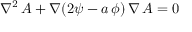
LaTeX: \nabla ^ { 2 } \, A + \nabla ( 2 \psi - a \, \phi ) \, \nabla \, A = 0